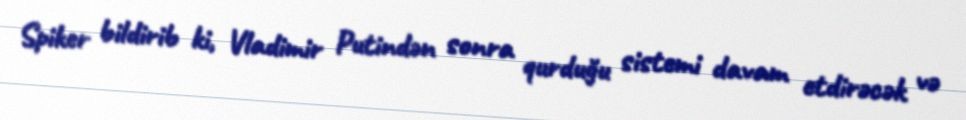
Spiker bildirib ki, Vladimir Putindən sonra qurduğu sistemi davam etdirəcək və